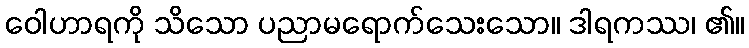
ဝေါဟာရကို သိသော ပညာမရောက်သေးသော။ ဒါရကဿ၊ ၏။